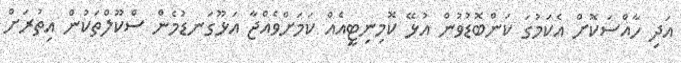
އަދި ހާއްސަކޮށް އެކަމުގަ ކަންބޮޑުވުން އުޅޭ ކޮމިނިޓީއެއް ކަމަށްވެއްޖާ އަޅޫގަނޑުމެން ސްކޫލްތަކުން އިތުރަށް